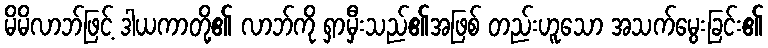
မိမိလာဘ်ဖြင့် ဒါယကာတို့၏ လာဘ်ကို ရှာမှီးသည်၏အဖြစ် တည်းဟူသော အသက်မွေးခြင်း၏